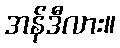
အန်ဒီလား။